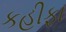
કહીફા